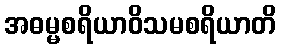
အဓမ္မစရိယာဝိသမစရိယာတိ